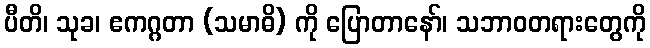
ပီတိ၊ သုခ၊ ဧကဂ္ဂတာ (သမာဓိ) ကို ပြောတာနော်၊ သဘာဝတရားတွေကို